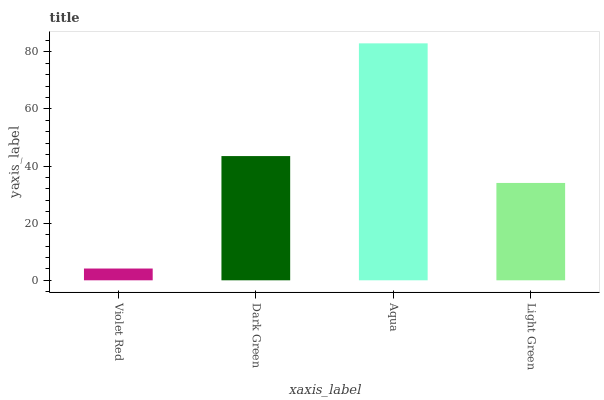
| xaxis_label | bars |
 | --- | --- |
 | Violet Red | 4.13 |
 | Dark Green | 43.5 |
 | Aqua | 83 |
 | Light Green | 34.1 |